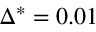
\Delta ^ { * } = 0 . 0 1